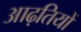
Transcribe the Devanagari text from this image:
आढ़तियों